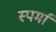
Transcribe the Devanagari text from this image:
स्पर्मा